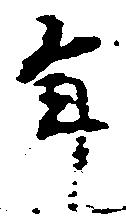
年